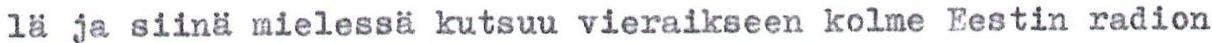
lä ja siinä mielessä kutsuu vieraikseen kolme Eestin radion